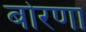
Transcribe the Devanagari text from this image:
बोरणा